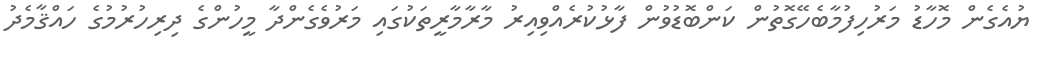
ޔުއެގެން މޮހާޑު މަރުހިފުމާބެހޭގޮތުން ކަންބޮޑުވުން ފާޅުކުރެއްވިއިރު މާރާމާރީތަކުގައި މަރުވެގެންދާ މީހުންގެ ދިރިހުރުމުގެ ހައްޤާމެދު